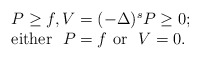
\begin{align*}\begin{array}{l}P\ge f, V=(-\Delta)^{s} P\ge 0; \\\mbox{either } \ P=f \ \mbox{or } \ V=0.\end{array}\end{align*}